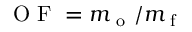
\mathrm { ~ O ~ F ~ } = m _ { \mathrm { ~ o ~ } } / m _ { \mathrm { ~ f ~ } }